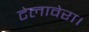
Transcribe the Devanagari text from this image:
टेलावेरा।